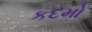
કદમો